Sketch of the medical history of the native army of Bombay, for the year
Year: 1876
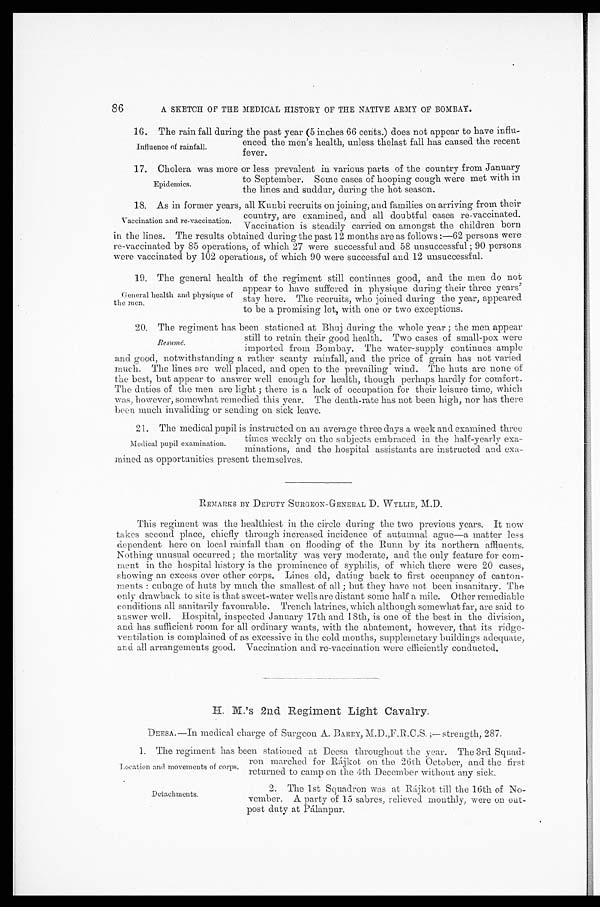
86
A SKETCH OP THE MEDICAL HISTORY OF THE NATIVE ARMY OF BOMBAY.
16. The rain fall during the past year (5 inches 66 cents.) does not appear to have influ
-
enced the men's health, unless thelast fall has caused the recent
fever.
1 7 . C h o l e r a w a s m o r e o r l e s s p r e v a l e n t i n v a r i o u s p a r t s o f t h e c o u n t r y f r o m J a n u a r y
to September. Some cases of hooping cough were met with in
the lines and suddur, during the hot season.
18. As in former years, all Kunbi recruits on joining, and families on arriving from their
country, are examined, and all doubtful cases re-vaccinated.
Vaccination is steadily carried on amongst the children born
in the lines. The results obtained during the past 12 months are as follows:—62 persons were
re-vaccinated by 85 operations, of which 27 were successful and 58 unsuccessful; 90 persons
were vaccinated by 102 operations, of which 90 were successful and 12 unsuccessful.
1 9 . T h e g e n e r a l h e a l t h o f t h e r e g i m e n t s t i l l c o n t i n u e s g o o d , a n d t h e m e n d o n o t
appear to have suffered in physique during their three years'
stay here. The recruits, who joined during the year, appeared
to be a promising lot, with one or two exceptions.
20.The regiment has been stationed at Bhuj during the whole year; the men appea
r
still to retain their good health. Two cases of small-pox were
imported from Bombay. The water-supply continues ample
and good, notwithstanding a rather scanty rainfall, and the price of grain has not varied
much. The lines are well placed, and open to the prevailing wind. The huts are none of
the best, but appear to answer well enough for health, though perhaps hardly for comfort,
The duties of the men are light; there is a lack of occupation for their leisure time, which
was, however, somewhat remedied this year. The death-rate has not been high, nor has there
been much invaliding or sending on sick leave.
21. The medical pupil is instructed on an average three days a week and examined three
times weekly on the subjects embraced in the half-yearly exa
-
minations, and the hospital assistants are instructed and exa
-
mined as opportunities present themselves.
REMARKS BY DEPUTY SURGEON-GENERAL D. WYLLIE, M.D.
This regiment was the healthiest in the circle during the two previous years. It now
takes second place, chiefly through increased incidence of autumnal ague—a matter less
dependent here on local rainfall than on flooding of the Bunn by its northern affluents.
Nothing unusual occurred; the mortality was very moderate, and the only feature for com
-
ment in the hospital history is the prominence of syphilis, of which there were 20 cases,
showing an excess over other corps. Lines old, dating back to first occupancy of canton
-
ments: cubage of huts by much the smallest of all; but they have not been insanitary. The
only drawback to site is that sweet-water wells are distant some half a mile. Other remediable
conditions all sanitarily favourable. Trench latrines, which although somewhat far, are said to
answer well. Hospital, inspected January 17th and 18th, is one of the best in the division,
and has sufficient room for all ordinary wants, with the abatement, however, that its ridge
-
ventilation is complained of as excessive in the cold months, supplemetary buildings adequate,
and all arrangements good. Vaccination and re-vaccination were efficiently conducted.
H. M.'s 2nd Regiment Light Cavalry.
DEESA.—In medical charge of Surgeon A. BARRY, M.D.,F.B.C.S. ;— strength, 287.
1. The regiment has been stationed at Deesa throughout the year. The 3rd Squad
-
ron marched for Rájkot on the 26th October, and the first
returned to camp on the 4th December without any sick.
Influence of rainfall.
Epidemics.
Vaccination and re-vaccination.
General health and physique of
the men.
Resumé.
Medical pupil examination.
Location and movements of corps.
Detachments.
2. The 1st Squadron was at Rájkot till the 16th of No-
vember. A party of 15 sabres, relieved monthly, were on out
- p o s t d u t y a t P á l a n p u r .